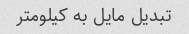
تبدیل مایل به کیلومتر